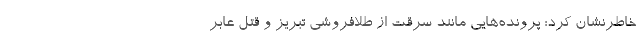
خاطرنشان کرد: پرونده‌هایی مانند سرقت از طلافروشی تبریز و قتل عابر